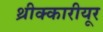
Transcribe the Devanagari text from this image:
थ्रीक्कारीयूर